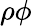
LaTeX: \rho\phi